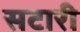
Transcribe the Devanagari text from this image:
सटारी